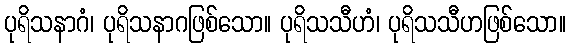
ပုရိသနာဂံ၊ ပုရိသနာဂဖြစ်သော။ ပုရိသသီဟံ၊ ပုရိသသီဟဖြစ်သော။